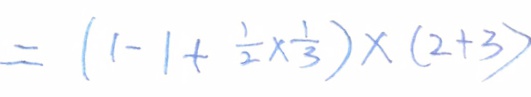
= ( 1 - 1 + \frac { 1 } { 2 } \times \frac { 1 } { 3 } ) \times ( 2 + 3 )